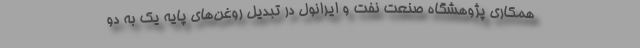
همکاری پژوهشگاه صنعت نفت و ایرانول در تبدیل روغن‌های پایه یک به دو